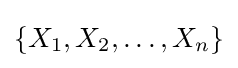
\{X_{1},X_{2},\ldots ,X_{n}\}